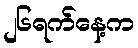
၂၆ရက်နေ့က